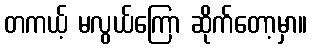
တကယ့် မလွယ်ကြော ဆိုက်တော့မှာ။